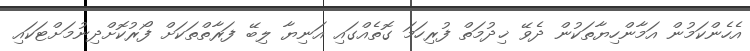
އެހެންކަމުން އަމާންހިޔާތަކުން ދެވޭ ޚިދުމަތް ފުރިހަމަ ގޮތެއްގައި އަނިޔާ ލިބޭ ފަރާތްތަކަށް ފޯރުކޮށްދިނުމަށްޓަކައި